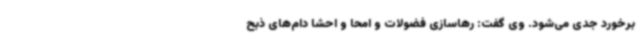
برخورد جدی می‌شود. وی گفت: رهاسازی فضولات و امحا و احشا دام‌های ذبح